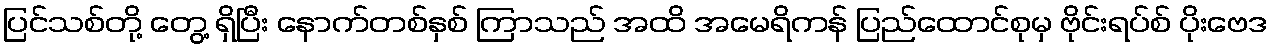
ပြင်သစ်တို့ တွေ့ ရှိပြီး နောက်တစ်နှစ် ကြာသည် အထိ အမေရိကန် ပြည်ထောင်စုမှ ဗိုင်းရပ်စ် ပိုးဗေဒ